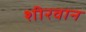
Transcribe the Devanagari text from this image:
शीरवान